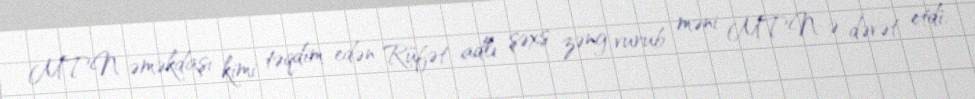
MTN əməkdaşı kimi təqdim edən Rüfət adlı şəxs zəng vurub məni MTN-ə dəvət etdi.